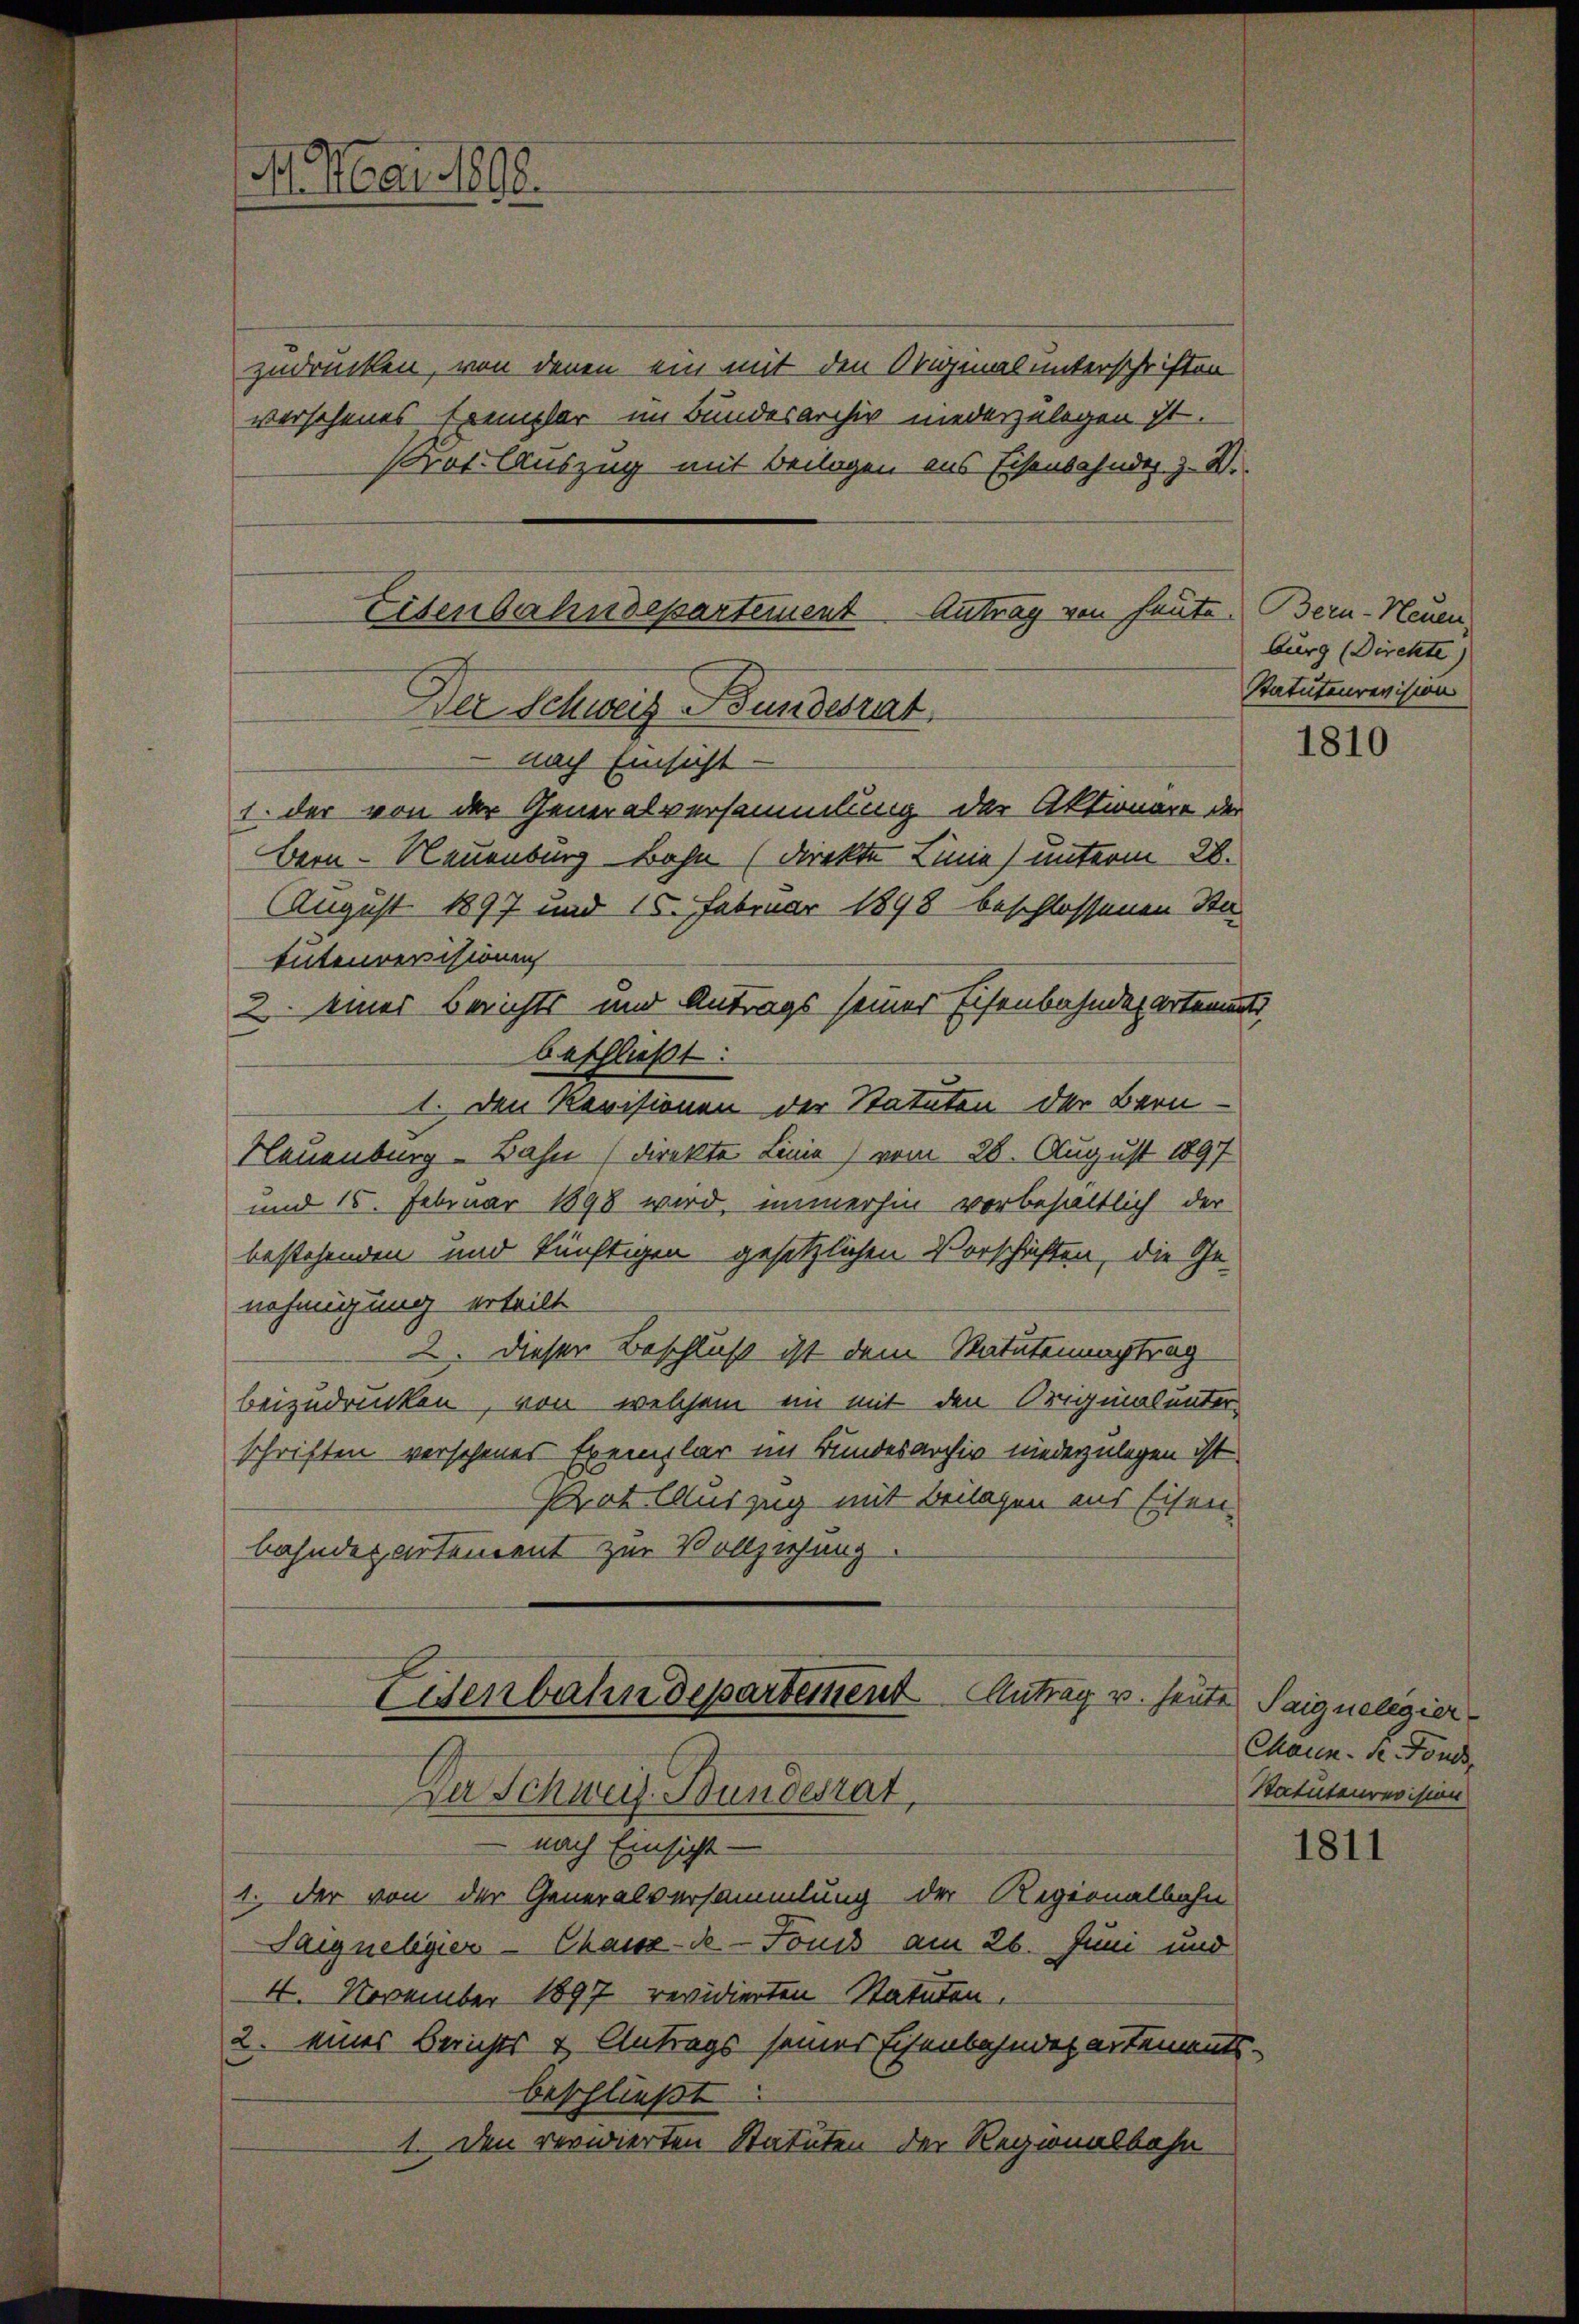
1. Mai 1888.

zudrücken, von denen ein mit den Originalunterschriften
versehenes Exemplar im Bundesarchiv niederzulegen ist.
Prot. Auszug mit Beilagen aus Eisenbahnder z. B.
Antrag von heute. Bern-Neuen
1. der von der Generalversammlung der Aktionäre der
Bern - Neuenburg Bahn (direkte Linie) unterm 28.
August 1897 und 15. Februar 1898 beschlossenen Sta
tutenversisionen
2 einer Berichts und Antrags seiner Eisenbahndepartemen
beschließt:
1. Den Revisionen der Statuten der Bern
Neuenburg - Bahn (direkte Linie) vom 28. August 1897
und 15. Februar 1898 wird, immerhin vorbehaltlich der
bestehenden und künftigen gesetzlichen Vorschriften, die Ge-
nehmigung erteilt
2. Diesen Beschluß ist dem Statutennachtrag
beizudrücken, von welchem ein mit den Originalunter-
schriften verschenes Exemplar im Bundesarchiv niederzulegen ist.
Prat Auszug mit Beilagen aus Eisen.
bahndepartement zur Vollziehung
Cenbahndepartement
Antrag u. heute Saignelegier
Der Schweiz. Bundesrat
 nach Einsicht-
1. Der von der Generalversammlung der Regionalbahn
Saigneligier — Chassz-de-Fonds am 26. Juni und
4. November 1897 revidierten Statuten.
2. eines Berichts & Antrags seiner Eisenbahndepartements.
beschließt
1. Den verwierten Statuten der Regionalbahn-

Eisenbahndepartement
Der Schweiz Bundesrat
nach Einsicht

burg (Direkte)
Statutenrevision

3

1810

Chaun- Se. Fonds,
Statutenrevision

1811